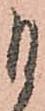
日